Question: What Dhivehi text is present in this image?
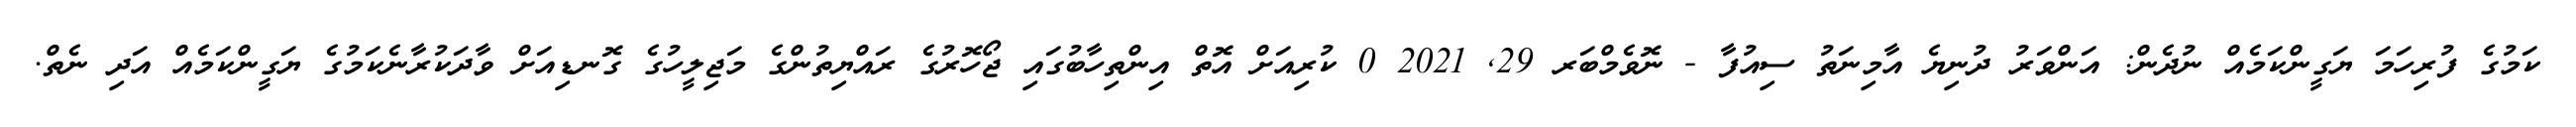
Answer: ކަމުގެ ފުރިހަމަ ޔަގީންކަމެއް ނުދެން: އަންވަރު ދުނިޔެ އާމިނަތު ސިއުފާ - ނޮވެމްބަރ 29, 2021 0 ކުރިއަށް އޮތް އިންތިހާބުގައި ޖޯހޮރުގެ ރައްޔިތުންގެ މަޖިލީހުގެ ގޮނޑިއަށް ވާދަކުރާނެކަމުގެ ޔަގީންކަމެއް އަދި ނެތް.